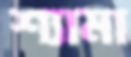
শ্যামা